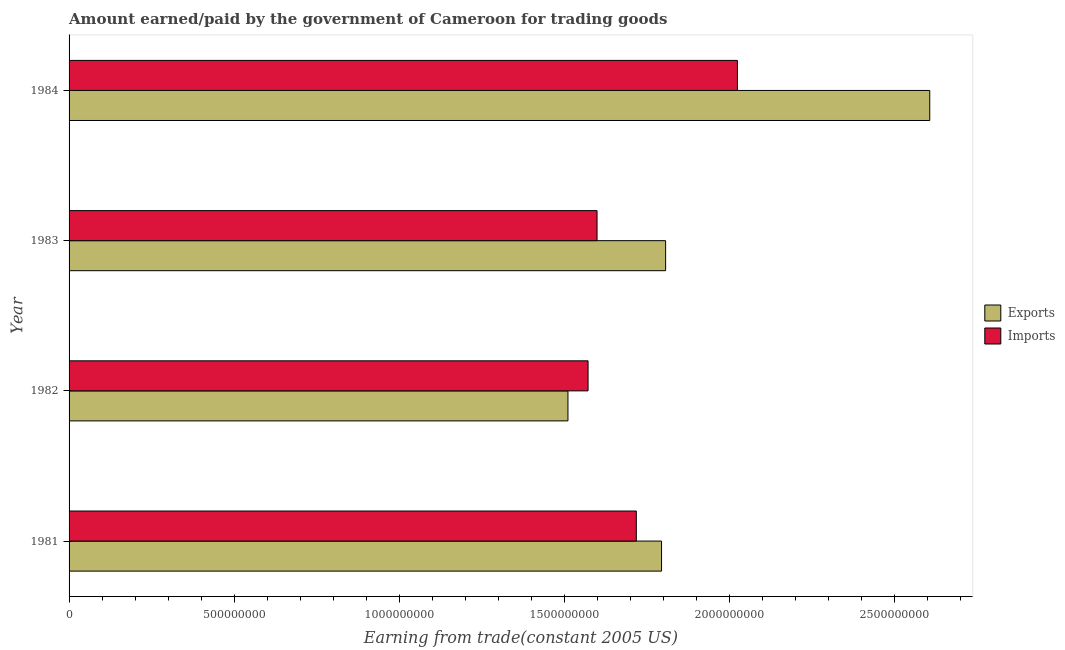
| Year | Exports | Imports |
 | --- | --- | --- |
 | 1981 | 1.79e+09 | 1.72e+09 |
 | 1982 | 1.51e+09 | 1.57e+09 |
 | 1983 | 1.81e+09 | 1.6e+09 |
 | 1984 | 2.61e+09 | 2.02e+09 |